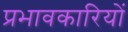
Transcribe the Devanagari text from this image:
प्रभावकारियों